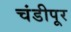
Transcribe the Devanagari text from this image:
चंडीपूर